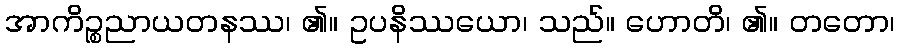
အာကိဉ္စညာယတနဿ၊ ၏။ ဥပနိဿယော၊ သည်။ ဟောတိ၊ ၏။ တတော၊